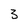
Character: 3